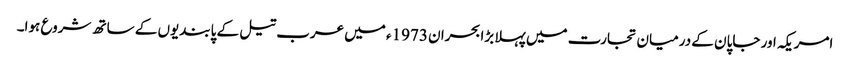
امریکہ اور جاپان کے درمیان تجارت میں پہلا بڑا بحران 1973ء میں عرب تیل کے پابندیوں کے ساتھ شروع ہوا۔